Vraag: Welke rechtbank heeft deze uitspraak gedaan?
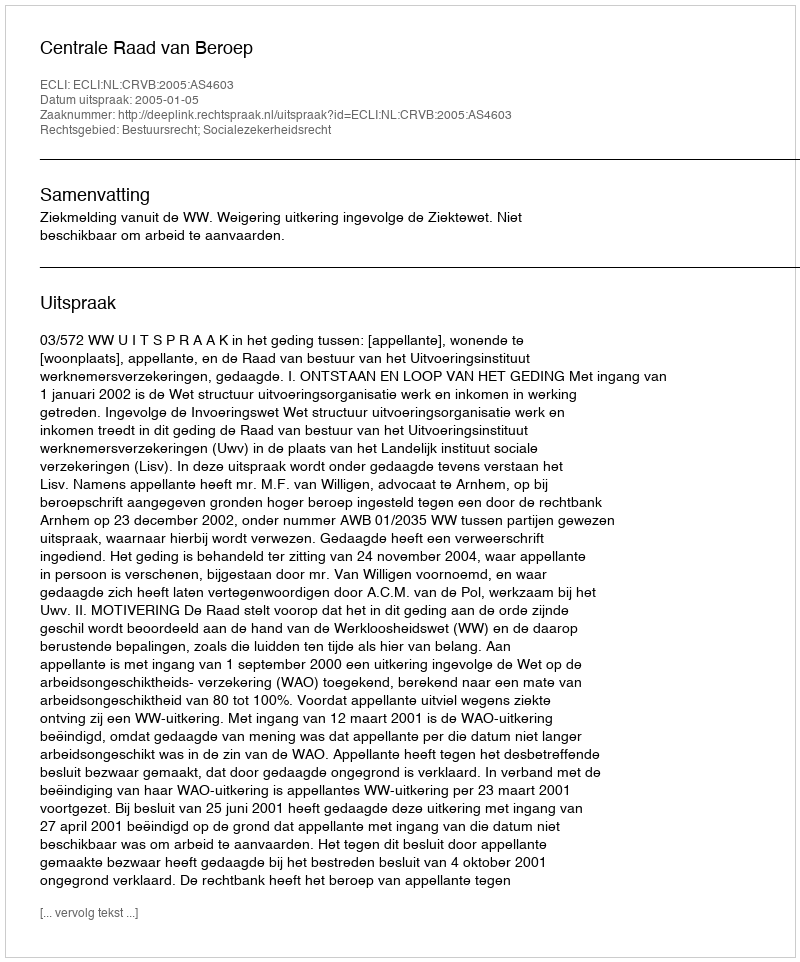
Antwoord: Centrale Raad van Beroep